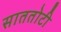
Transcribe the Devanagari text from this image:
साततोटी